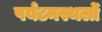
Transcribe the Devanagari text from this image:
पर्यटनस्थलों